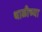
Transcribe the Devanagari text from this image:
थाळीच्या